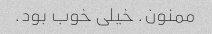
ممنون. خیلی خوب بود.